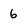
Character: 6